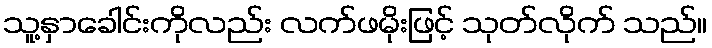
သူ့နှာခေါင်းကိုလည်း လက်ဖမိုးဖြင့် သုတ်လိုက် သည်။